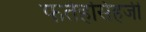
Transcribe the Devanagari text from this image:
फतेहसिंहजी